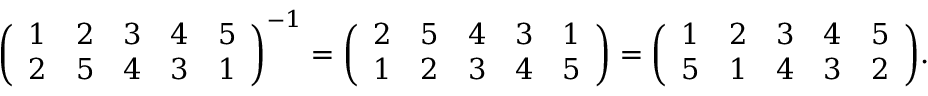
{ \left( \begin{array} { l l l l l } { 1 } & { 2 } & { 3 } & { 4 } & { 5 } \\ { 2 } & { 5 } & { 4 } & { 3 } & { 1 } \end{array} \right) } ^ { - 1 } = { \left( \begin{array} { l l l l l } { 2 } & { 5 } & { 4 } & { 3 } & { 1 } \\ { 1 } & { 2 } & { 3 } & { 4 } & { 5 } \end{array} \right) } = { \left( \begin{array} { l l l l l } { 1 } & { 2 } & { 3 } & { 4 } & { 5 } \\ { 5 } & { 1 } & { 4 } & { 3 } & { 2 } \end{array} \right) } .